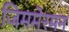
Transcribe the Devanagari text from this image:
जिममेरमन